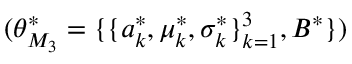
( \theta _ { M _ { 3 } } ^ { * } = \{ \{ a _ { k } ^ { * } , \mu _ { k } ^ { * } , \sigma _ { k } ^ { * } \} _ { k = 1 } ^ { 3 } , B ^ { * } \} )